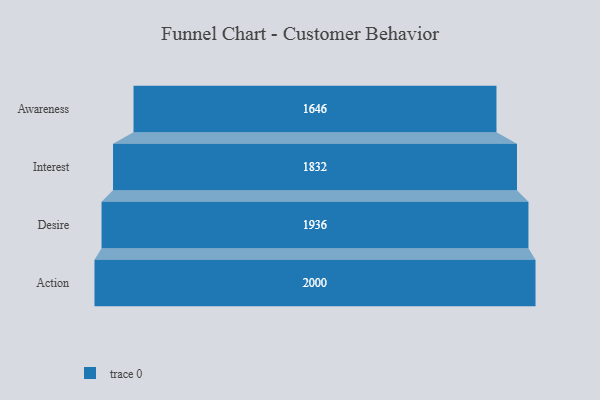
{"axis": {"x": "Stage", "y": "Value"}, "legend": [""], "data": [{"x": "Awareness", "y": 1646.0, "type": ""}, {"x": "Interest", "y": 1832.0, "type": ""}, {"x": "Desire", "y": 1936.0, "type": ""}, {"x": "Action", "y": 2000, "type": ""}]}